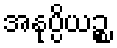
အနုပ္ပိယဉ္စ